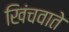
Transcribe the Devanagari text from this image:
खिंचवाते